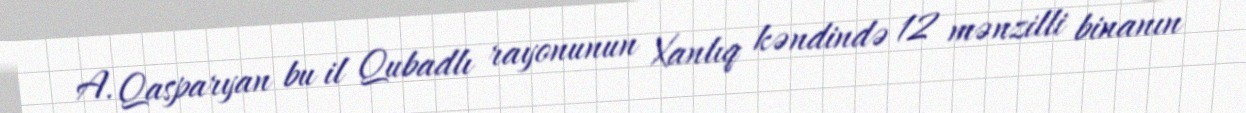
A. Qasparyan bu il Qubadlı rayonunun Xanlıq kəndində 12 mənzilli binanın